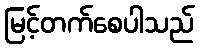
မြင့်တက်စေပါသည်